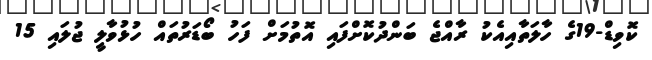
ކޮވިޑް-19ގެ ހާލަތާއިއެކު ރާއްޖެ ބަންދުކޮށްފައި އޮތުމަށް ފަހު ބޯޑަރުތައް ހުޅުވާލީ ޖުލައި 15